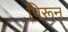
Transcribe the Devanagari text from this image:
पिरून